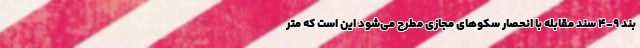
بند ۹-۴ سند مقابله با انحصار سکوهای مجازی مطرح می‌شود این است که متر